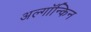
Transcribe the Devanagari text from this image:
अल्गॉन्किन